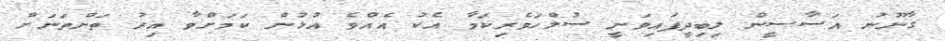
ގާނޫނު އަސާސީން ލިބިދީފައިވަނީ ސުލްހަވެރިކަމާ އެކު އެއްވެ އުޅުން ކަމަށްވާ އިރު ތަންތަނަށް